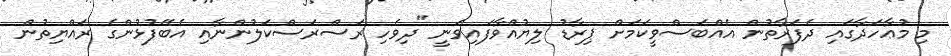
މި މުޢާހަދާގައި ދެފަރާތުން އެއްބަސްވީކަމަށް ޕިރާޑު ލިޔުއްވާފައިވަނީ "ދިވެހި ރަސްރަސްކަލުންނާއި އެބޭފުޅުންގެ ރައްޔިތުން